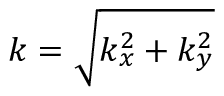
k = \sqrt { k _ { x } ^ { 2 } + k _ { y } ^ { 2 } }